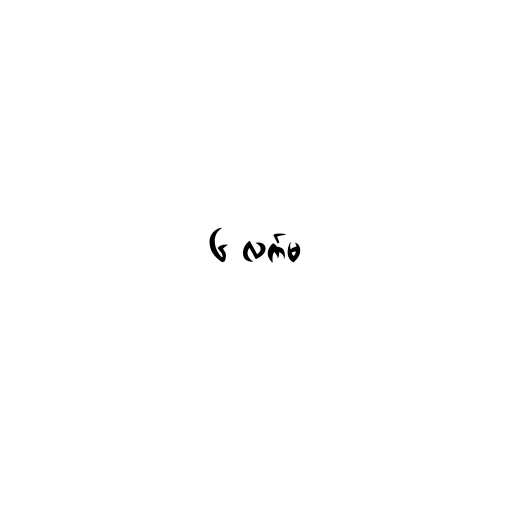
၆ လက်မ